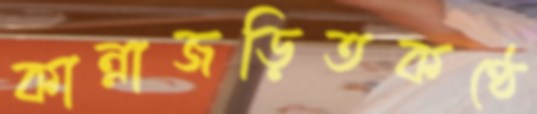
কান্নাজড়িতকণ্ঠে